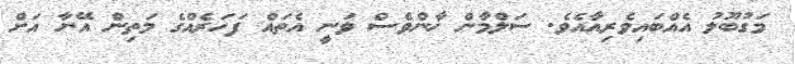
މަގުބޫލު އެއްބައިވެރިއާއެވެ. ސަލްމާން ޚާންވެސް ވަނީ އެތައް ފަހަރެއްގެ މަތިން އޭނާ އަށް